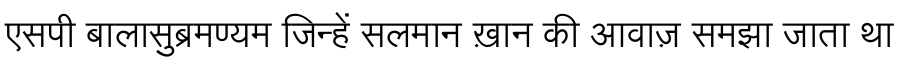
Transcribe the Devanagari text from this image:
एसपी बालासुब्रमण्यम जिन्हें सलमान ख़ान की आवाज़ समझा जाता था